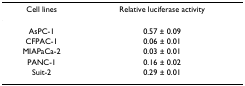
<table><thead><tr><td><b>Cell lines</b></td><td><b>Relative luciferase activity</b></td></tr></thead><tbody><tr><td>AsPC-1</td><td>0.57 ± 0.09</td></tr><tr><td>CFPAC-1</td><td>0.06 ± 0.01</td></tr><tr><td>MIAPaCa-2</td><td>0.03 ± 0.01</td></tr><tr><td>PANC-1</td><td>0.16 ± 0.02</td></tr><tr><td>Suit-2</td><td>0.29 ± 0.01</td></tr></tbody></table>